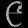
Digit: ၉